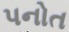
પનોત